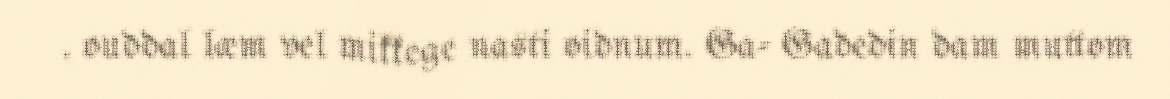
. ouddal læm vel mikkege nasti oidnum. Ga- Gadedin dam muttom